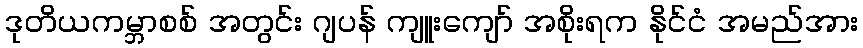
ဒုတိယကမ္ဘာစစ် အတွင်း ဂျပန် ကျူးကျော် အစိုးရက နိုင်ငံ အမည်အား